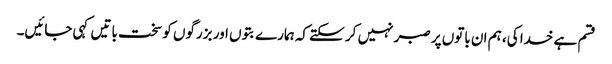
قسم ہے خدا کی، ہم ان باتوں پر صبر نہیں کر سکتے کہ ہمارے بتوں اور بزرگوں کو سخت باتیں کہی جائیں۔